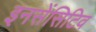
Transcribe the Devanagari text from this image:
इनसेंसिटिव